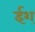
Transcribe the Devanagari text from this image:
ईश्